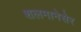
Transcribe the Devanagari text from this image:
शलमानेसेर